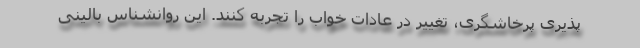
پذیری پرخاشگری، تغییر در عادات خواب را تجربه کنند. این روانشناس بالینی